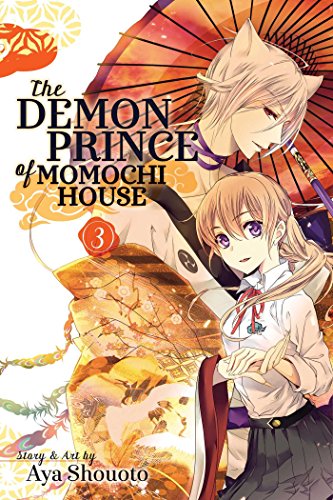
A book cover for The Demon Prince of Momochi House, Vol. 3; Aya Shouoto; Comics & Graphic Novels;